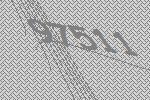
97511